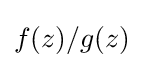
f(z)/g(z)